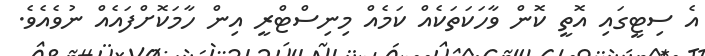
އެ ސިޓީގައި އޮތީ ކޮން ވާހަކަތަކެއް ކަމެއް މިނިސްޓްރީ އިން ހާމަކޮށްފައެއް ނުވެއެވެ.